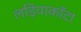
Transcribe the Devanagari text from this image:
लड़ियाकाँटा